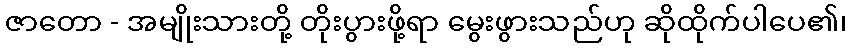
ဇာတော - အမျိုးသားတို့ တိုးပွားဖို့ရာ မွေးဖွားသည်ဟု ဆိုထိုက်ပါပေ၏၊